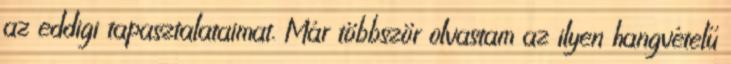
az eddigi tapasztalataimat. Már többször olvastam az ilyen hangvételű